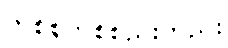
တစ်စုတစ်စည်းတည်း